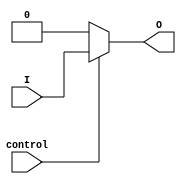
module voltage_level_shifter(
    input wire I,
    output reg O,
    input wire control
);

always @(I, control) begin
    if (control) begin
        O <= I;
    end else begin
        O <= 1'b0; // logic level shift code here
    end
end

endmodule